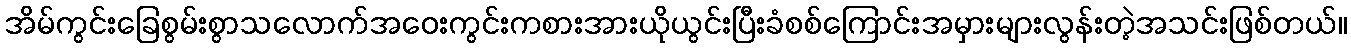
အိမ်ကွင်းခြေစွမ်းစွာသလောက်အဝေးကွင်းကစားအားယိုယွင်းပြီးခံစစ်ကြောင်းအမှားများလွန်းတဲ့အသင်းဖြစ်တယ်။